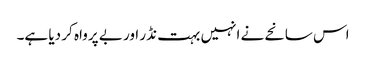
اس سانحے نے انہیں بہت نڈر اور بے پرواہ کر دیا ہے۔